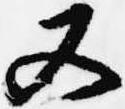
又